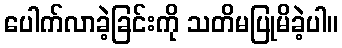
ပေါက်လာခဲ့ခြင်းကို သတိမပြုမိခဲ့ပါ။